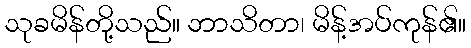
သုခမိန်တို့သည်။ ဘာသိတာ၊ မိန့်အပ်ကုန်၏။